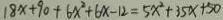
1 8 x + 9 0 + 6 x ^ { 2 } + 6 x - 1 2 = 5 x ^ { 2 } + 3 5 x + 5 0